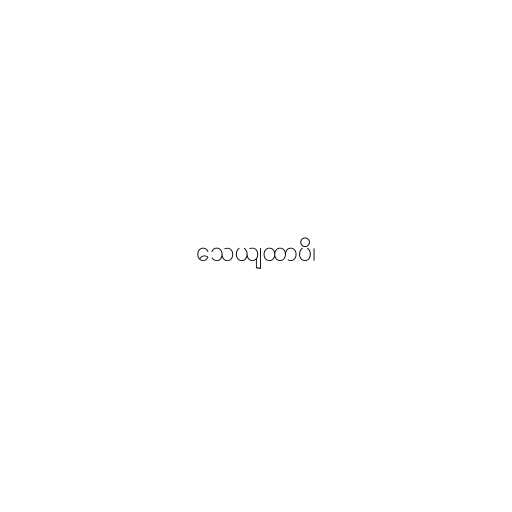
သေယျထာပိ၊